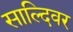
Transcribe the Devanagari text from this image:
साल्दिवर